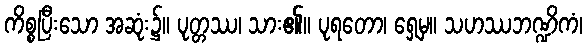
ကိစ္စပြီးသော အဆုံး၌။ ပုတ္တဿ၊ သား၏။ ပုရတော၊ ရှေ့မှ။ သဟဿဘဏ္ဍိကံ၊